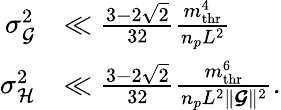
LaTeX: \begin{array}{rl}{\sigma_{\mathcal{G}}^{2}}&{\ll\frac{3-2\sqrt{2}}{32}\frac{m_{\mathrm{thr}}^{4}}{n_{p}L^{2}}}\\ {\sigma_{\mathcal{H}}^{2}}&{\ll\frac{3-2\sqrt{2}}{32}\frac{m_{\mathrm{thr}}^{6}}{n_{p}L^{2}\lVert\boldsymbol{\mathcal{G}}\rVert^{2}}.}\end{array}